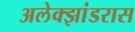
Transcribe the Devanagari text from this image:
अलेक्झांडरास